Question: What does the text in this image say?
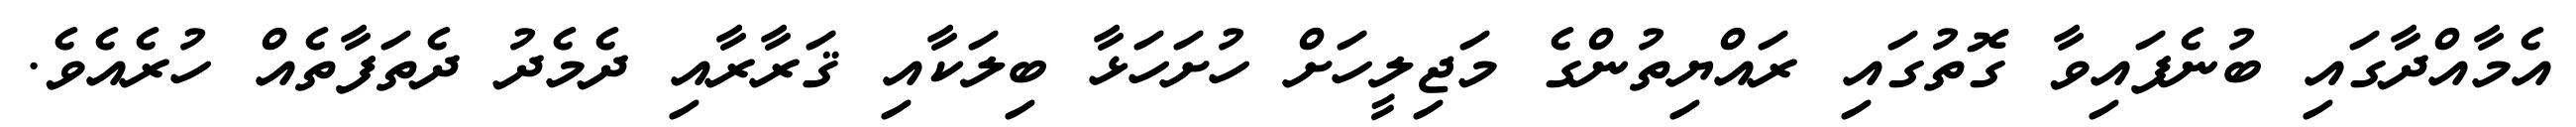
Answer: އެމާއްދާގައި ބުނެފައިވާ ގޮތުގައި ރައްޔިތުންގެ މަޖިލީހަށް ހުށަހަޅާ ބިލަކާއި ޤަރާރާއި ދެމެދު ދެތަފާތެއް ހުރެއެވެ.